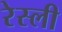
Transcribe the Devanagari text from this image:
रेस्ली